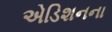
એડિશનના